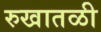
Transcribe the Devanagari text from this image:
रुखातळी